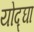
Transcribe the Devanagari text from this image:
योद्घा